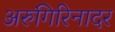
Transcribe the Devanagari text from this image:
अरुंगिरिनादर